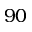
9 0